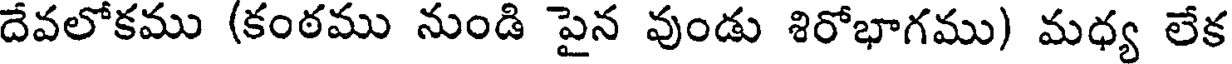
దేవలోకము (కంఠము నుండి పైన వుండు శిరోభాగము) మధ్య లేక